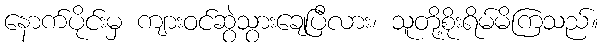
နောက်ပိုင်းမှ ကျားဝင်ဆွဲသွားချေပြီလား၊ သူတို့စိုးရိမ်မိကြသည်။